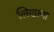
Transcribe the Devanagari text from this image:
लिखाणा